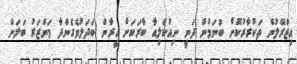
އިޒްރޭލުން ތަކުރާރުކޮށް ބުނަމުން ދަނީ ނިއުކްލިއާ ބާރަކަށް އީރާން ބަދަލުވެގެންދާ މަންޒަރު ބަލަން